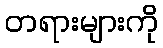
တရားများကို